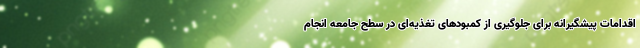
اقدامات پیشگیرانه برای جلوگیری از کمبودهای تغذیه‌ای در سطح جامعه انجام